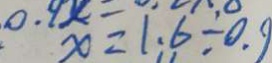
x \times = 1 . 6 \div 0 . 9